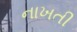
નાખતી